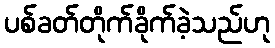
ပစ်ခတ်တိုက်ခိုက်ခဲ့သည်ဟု